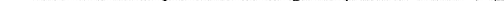
③___the Earth is still a beautiful and interesting place 5.从文中找一个与所给句子